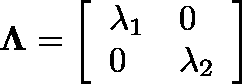
\begin{array} { r } { \mathbf { \Lambda } = \left[ \begin{array} { l l } { \lambda _ { 1 } } & { 0 } \\ { 0 } & { \lambda _ { 2 } } \end{array} \right] } \end{array}